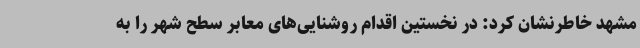
مشهد خاطرنشان کرد: در نخستین اقدام روشنایی‌های معابر سطح شهر را به